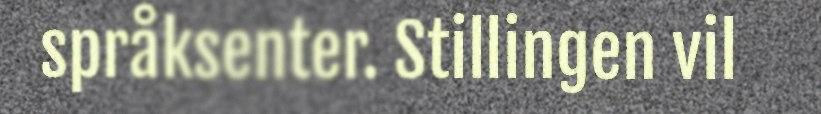
språksenter. Stillingen vil